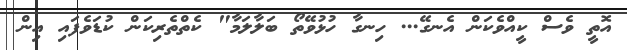
އޮތީ ވެސް ކީއްވެކަން އެނގޭ... ހިނގާ ހުޅުވޭތޯ ބަލާލަމާ" ކެތްތެރިކަން ކުޑަވެފައި އިން